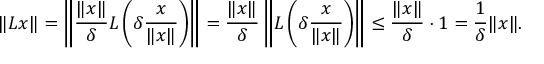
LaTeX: \| L x \| = \left\Vert { \frac { \| x \| } { \delta } } L \left( \delta { \frac { x } { \| x \| } } \right) \right\Vert = { \frac { \| x \| } { \delta } } \left\Vert L \left( \delta { \frac { x } { \| x \| } } \right) \right\Vert \leq { \frac { \| x \| } { \delta } } \cdot 1 = { \frac { 1 } { \delta } } \| x \| .